Triennial report on the lunatic asylums in the province of Eastern Bengal and Assam - 1903-1911
Year: 1903
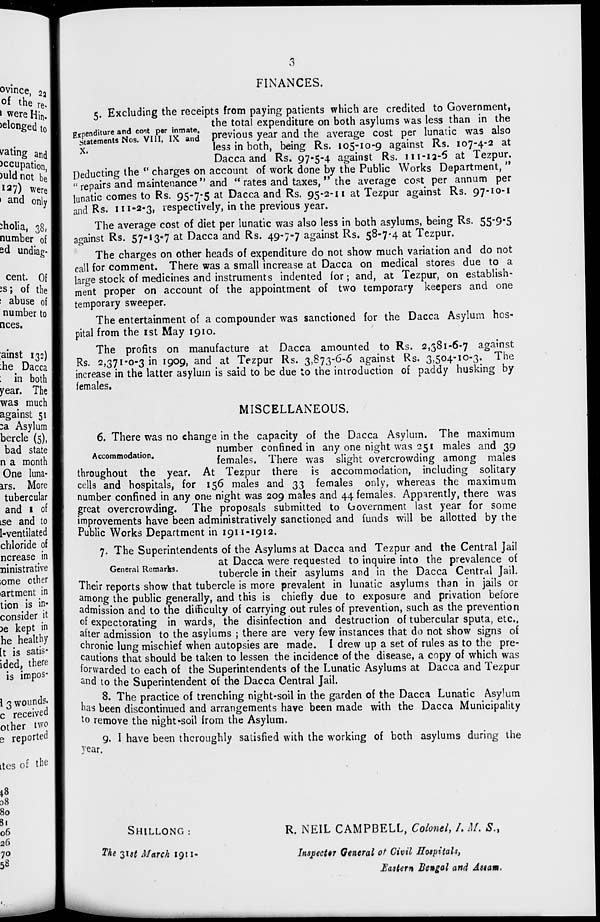
3
FINANCES.
Expenditure and cost per inmate.
Statements Nos. VIII, IX and
X.
5. Excluding the receipts from paying patients which are credited to Government,
the total expenditure on both asylums was less than in the
previous year and the average cost per lunatic was also
less in both, being Rs. 105-10-9 against Rs. 107-4-2 at
Dacca and Rs. 97-5-4 against Rs. 111-12-5 at Tezpur.
Deducting the " charges on account of work done by the Public Works Department, "
" repairs and maintenance " and " rates and taxes, " the average cost per annum per
lunatic comes to Rs. 95-7-5 at Dacca and Rs. 95-2-11 at Tezpur against Rs. 97-10-1
and Rs. 111-2-3, respectively, in the previous year.
The average cost of diet per lunatic was also less in both asylums, being Rs. 55-9-5
against Rs. 57-13-7 at Dacca and Rs. 49-7-7 against Rs. 58-7-4 at Tezpur.
The charges on other heads of expenditure do not show much variation and do not
call for comment. There was a small increase at Dacca on medical stores due to a
large stock of medicines and instruments indented for; and, at Tezpur, on establish-
ment proper on account of the appointment of two temporary keepers and one
temporary sweeper.
The entertainment of a compounder was sanctioned for the Dacca Asylum hos-
pital from the 1st May 1910.
The profits on manufacture at Dacca amounted to Rs. 2,381-6-7 against
Rs. 2,371-0-3 in 1909, and at Tezpur Rs. 3,873-6-6 against Rs. 3,504-10-3. The
increase in the latter asylum is said to be due to the introduction of paddy husking by
females.
MISCELLANEOUS.
Accommodation.
6. There was no change in the capacity of the Dacca Asylum. The maximum
number confined in any one night was 251 males and 39
females. There was slight overcrowding among males
throughout the year. At Tezpur there is accommodation, including solitary
cells and hospitals, for 156 males and 33 females only, whereas the maximum
number confined in any one night was 209 males and 44 females. Apparently, there was
great overcrowding. The proposals submitted to Government last year for some
improvements have been administratively sanctioned and funds will be allotted by the
Public Works Department in 1911-1912.
General Remarks.
7. The Superintendents of the Asylums at Dacca and Tezpur and the Central Jail
at Dacca were requested to inquire into the prevalence of
tubercle in their asylums and in the Dacca Central Jail.
Their reports show that tubercle is more prevalent in lunatic asylums than in jails or
among the public generally, and this is chiefly due to exposure and privation before
admission and to the difficulty of carrying out rules of prevention, such as the prevention
of expectorating in wards, the disinfection and destruction of tubercular sputa, etc.,
after admission to the asylums ; there are very few instances that do not show signs of
chronic lung mischief when autopsies are made. I drew up a set of rules as to the pre-
cautions that should be taken to lessen the incidence of the disease, a copy of which was
forwarded to each of the Superintendents of the Lunatic Asylums at Dacca and Tezpur
and to the Superintendent of the Dacca Central Jail.
8. The practice of trenching night-soil in the garden of the Dacca Lunatic Asylum
has been discontinued and arrangements have been made with the Dacca Municipality
to remove the night-soil from the Asylum.
9. I have been thoroughly satisfied with the working of both asylums during the
year.
SHILLONG :
The 31st March 1911.
R. NEIL CAMPBELL, Colonel, I. M. S.,
Inspector General of Civil Hotpttals,
Eastern Bengal and Assam.